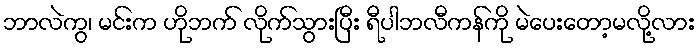
ဘာလဲကွ၊ မင်းက ဟိုဘက် လိုက်သွားပြီး ရီပါဘလီကန်ကို မဲပေးတော့မလို့လား